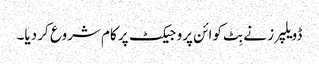
ڈویلپرز نے بِٹ کوائن پروجیکٹ پر کام شروع کر دیا۔